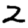
Digit: 2